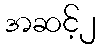
အဆင့်၂